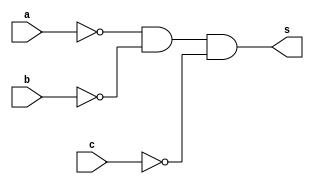
// ------------------------- 
// Exercicio04  - AND 
// Nome:Arturo M Junior 

// ------------------------- 
// ------------------------- 
// -- and gate 
// ------------------------- 

	module andgate ( output s,input a,input b,input c ); 
	assign s = ~a & ~b & ~c; 
	endmodule // andgate 

// --------------------- 
// -- test and gate 
// --------------------- 
	
	module testandgate; 

// ------------------------- dados locais 
	
	reg a, b, c; // entrada 
	wire s; // saida 

// ------------------------- instancia 
	
	andgate AND1 (s, a, b, c); 

// ------------------------- preparacao 
	initial begin:start 
	a=0; b=0; c=0;
	end 

// ------------------------- parte principal 
	
	initial begin 
	$display("Exercicio04 - Arturo M A Junior - 396675"); 
	$display("Test AND gate"); 
	$display("\na & b & c = s\n"); 
	a=0; b=0; c=0;
	#1 $display("%b & %b & %b = %b", a, b, c, s); 
	a=0; b=0; c=1; 
	#1 $display("%b & %b & %b = %b", a, b, c, s); 
	a=0; b=1; c=0; 
	#1 $display("%b & %b & %b = %b", a, b, c, s); 
	a=1; b=0; c=0; 
	#1 $display("%b & %b & %b = %b", a, b, c, s);
	a=1; b=1; c=0;
	#1 $display("%b & %b & %b = %b", a, b, c, s);
	a=1; b=0; c=1;
	#1 $display("%b & %b & %b = %b", a, b, c, s);
	a=0; b=1; c=1;
	#1 $display("%b & %b & %b = %b", a, b, c, s);
	a=1; b=1; c=1;

	end 
	endmodule // testandgate